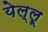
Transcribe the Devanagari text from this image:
येल्लू